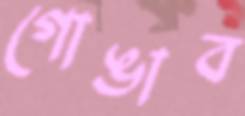
গোঙাব